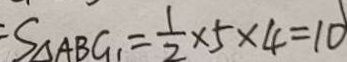
S _ { \Delta A B G } = \frac { 1 } { 2 } \times 5 \times 4 = 1 0